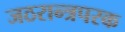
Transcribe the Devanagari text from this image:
जठरान्त्रपरक